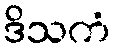
ဒိသကံ